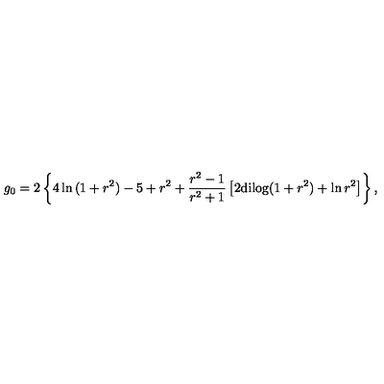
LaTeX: g _ { 0 } = 2 \left\{ 4 \ln { ( 1 + r ^ { 2 } ) } - 5 + r ^ { 2 } + { \frac { r ^ { 2 } - 1 } { r ^ { 2 } + 1 } } \left[ 2 \mathrm { d i l o g } ( 1 + r ^ { 2 } ) + \ln { r ^ { 2 } } \right] \right\} ,